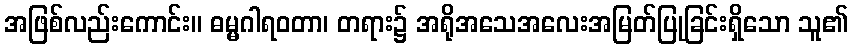
အဖြစ်လည်းကောင်း။ ဓမ္မဂါရဝတာ၊ တရား၌ အရိုအသေအလေးအမြတ်ပြုခြင်းရှိသော သူ၏